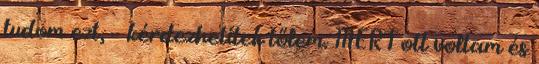
tudom ezt, – kérdezhetitek tőlem. MERT ott voltam és